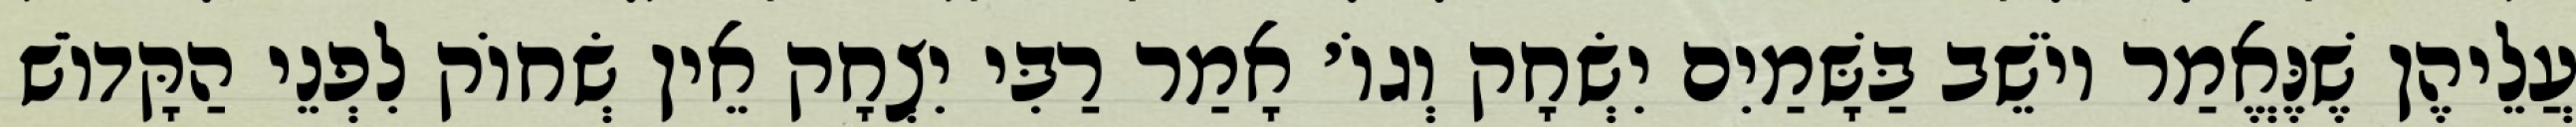
עֲלֵיהֶן שֶׁנֶּאֱמַר יוֹשֵׁב בַּשָּׁמַיִם יִשְׂחָק וְגוֹ׳ אָמַר רַבִּי יִצְחָק אֵין שְׂחוֹק לִפְנֵי הַקָּדוֹשׁ